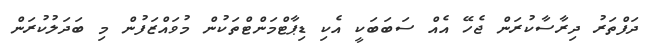
ދަފްތަރު ދިރާސާކުރަން ޖެހޭ އެއް ސަބަބަކީ އެކި ޑިޕާޓްމަންޓްތަކުން މުވައްޒަފުން މި ބަދަލުކުރަން